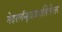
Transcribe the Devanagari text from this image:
नेदरलॅन्ड्जव्यतिरिक्त